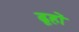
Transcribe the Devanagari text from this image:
ढूहों